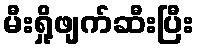
မီးရှို့ဖျက်ဆီးပြီး